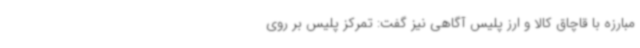
مبارزه با قاچاق کالا و ارز پلیس آگاهی نیز گفت: تمرکز پلیس بر روی